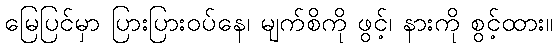
မြေပြင်မှာ ပြားပြားဝပ်နေ၊ မျက်စိကို ဖွင့်၊ နားကို စွင့်ထား။